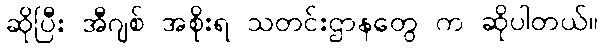
ဆိုပြီး အီဂျစ် အစိုးရ သတင်းဌာနတွေ က ဆိုပါတယ်။